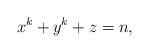
LaTeX: \begin{align*}x^k+y^k+z=n,\end{align*}